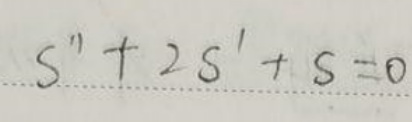
$s'' + 2s' + s = 0$